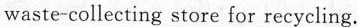
waste-collecting store for recycling.